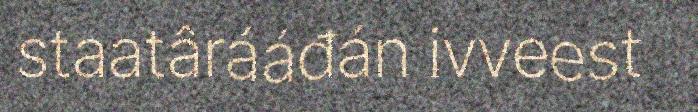
staatârááđán ivveest